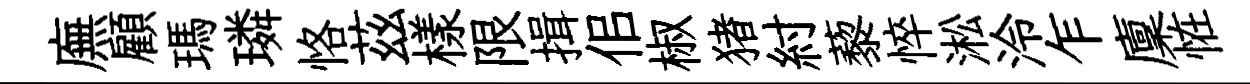
廡顧瑪璘恪茲樣限揖佀椒猪紂藜悴淞泠乍廩恠